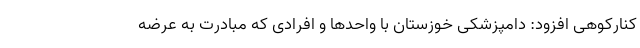
کنارکوهی افزود: دامپزشکی خوزستان با واحدها و افرادی که مبادرت به عرضه